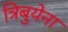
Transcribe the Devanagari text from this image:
त्रिबुयेना